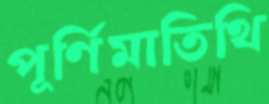
পূর্ণিমাতিথি